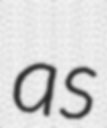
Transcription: as